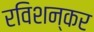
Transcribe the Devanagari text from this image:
रविशन्कर